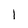
Character: 1